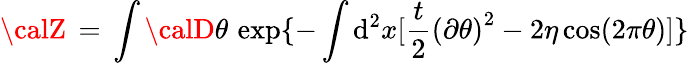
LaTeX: {\calZ}\, =\, \int{\calD}\theta\, \exp\{ -\int\mathrm{d}^{2}x[\frac{{t}}{{2}}{(\partial\theta)}^{2}-2\eta\cos(2\pi\theta)]\}